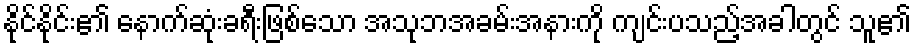
နိုင်နိုင်း၏ နောက်ဆုံးခရီးဖြစ်သော အသုဘအခမ်းအနားကို ကျင်းပသည့်အခါတွင် သူ၏